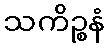
သကိဉ္စနံ